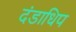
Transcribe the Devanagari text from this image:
दंडाधिप